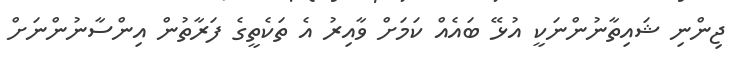
ޖިންނި ޝައިތާނުންނަކީ އުޅޭ ބައެއް ކަމަށް ވާއިރު އެ ތަކެތީގެ ފަރާތުން އިންސާނުންނަށް